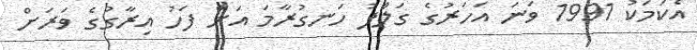
އެކަމަކު 1991 ވަނަ އަހަރުގެ ގަލްފު ހަނގުރާމަ އަށް ފަހު އިރާގުގެ ވަރަށް